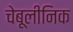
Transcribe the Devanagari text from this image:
चेबूलीनिक